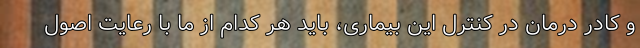
و کادر درمان در کنترل این بیماری، باید هر کدام از ما با رعایت اصول